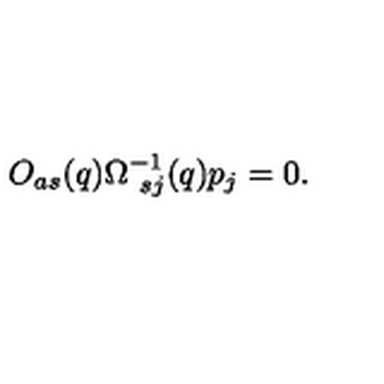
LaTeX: O _ { a s } ( q ) \Omega _ { \ s j } ^ { - 1 } ( q ) p _ { j } = 0 .